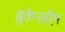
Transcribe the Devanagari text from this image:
ब्रुकेनहीम़